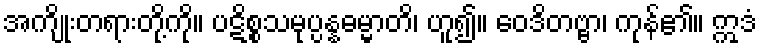
အကျိုးတရားတို့ကို။ ပဋိစ္စသမုပ္ပန္နဓမ္မာတိ၊ ဟူ၍။ ဝေဒိတဗ္ဗာ၊ ကုန်၏။ ဣဒံ